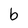
Character: b